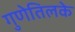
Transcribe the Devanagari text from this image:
गुणेतिलके